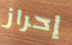
إحراز